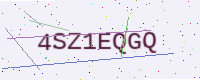
Text: 4SZ1EQGQ